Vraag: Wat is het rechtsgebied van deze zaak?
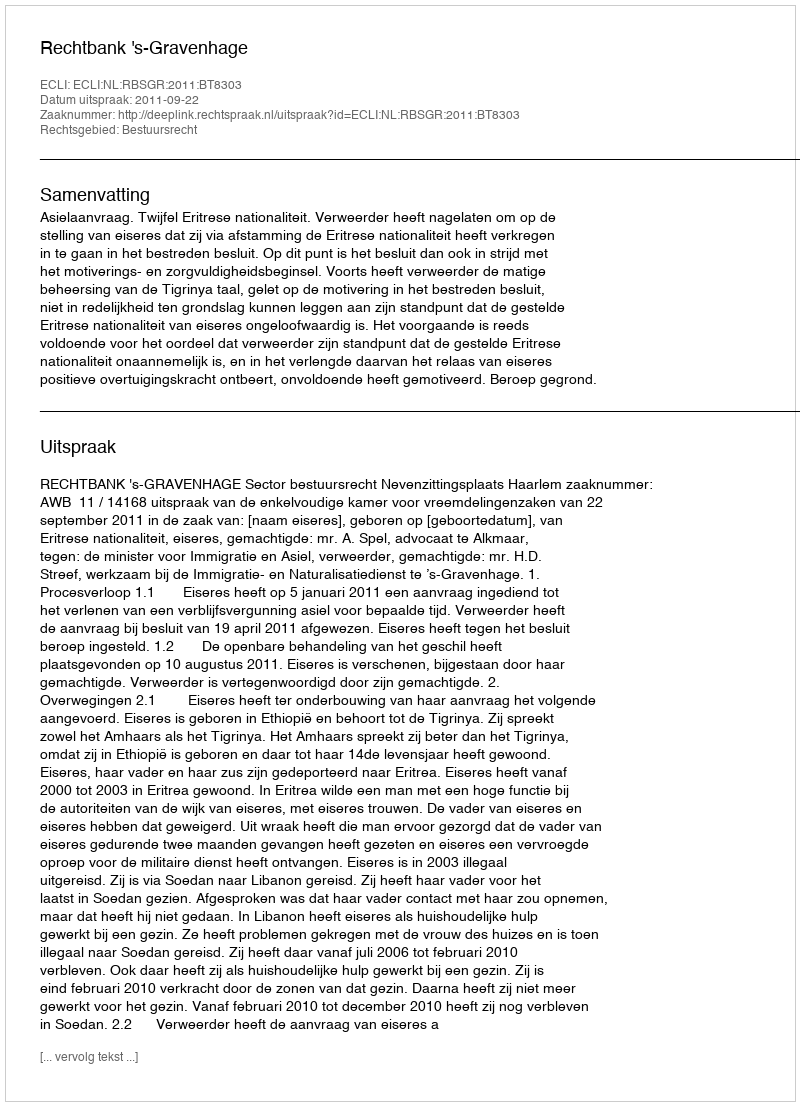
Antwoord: Bestuursrecht